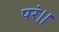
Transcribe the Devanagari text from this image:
परं।।